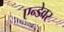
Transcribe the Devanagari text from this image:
एन्डेवर